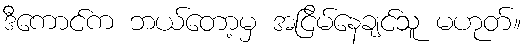
ဒီကောင်က ဘယ်တော့မှ အငြိမ်နေချင်သူ မဟုတ်။